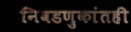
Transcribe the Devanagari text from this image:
निवडणुकांतही